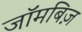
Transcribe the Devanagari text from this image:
जॉमबिज़